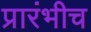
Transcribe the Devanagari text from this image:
प्रारंभीच